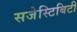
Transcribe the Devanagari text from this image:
सजेस्टिबिटी